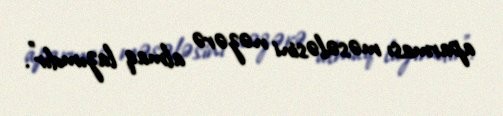
aparması məsələsini nəzərə almaq lazımdır”.